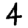
Digit: 4